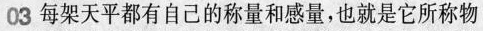
03每架天平都有自己的称量和感量，也就是它所称物